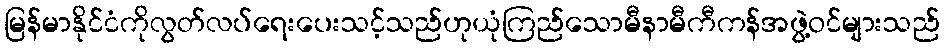
မြန်မာနိုင်ငံကိုလွတ်လပ်ရေးပေးသင့်သည်ဟုယုံကြည်သောမီနာမီကီကန်အဖွဲ့ဝင်များသည်